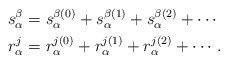
\begin{align*}s_\alpha^\beta &= s^{\beta(0)}_\alpha + s^{\beta(1)}_\alpha + s^{\beta(2)}_\alpha + \cdots \\r_ \alpha^j &= r^{j(0)}_\alpha + r^{j(1)}_\alpha + r^{j(2)}_\alpha + \cdots.\end{align*}